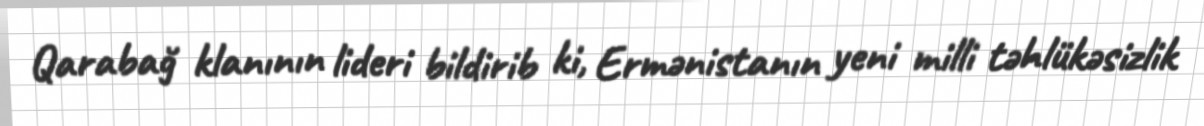
Qarabağ klanının lideri bildirib ki, Ermənistanın yeni milli təhlükəsizlik